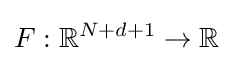
F:\mathbb {R} ^{N+d+1}\rightarrow \mathbb {R}